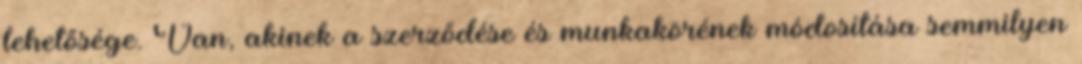
lehetősége. Van, akinek a szerződése és munkakörének módosítása semmilyen